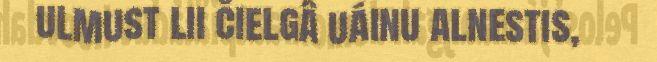
ulmust lii čielgâ uáinu alnestis,